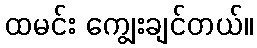
ထမင်း ကျွေးချင်တယ်။